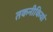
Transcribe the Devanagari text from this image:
तकनीकियां